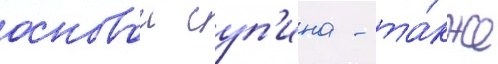
основои суп'ина - та́кже